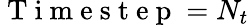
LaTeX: \mathrm{~T~i~m~e~s~t~e~p~}=N_{t}